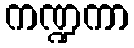
ကဏ္ဍကာ